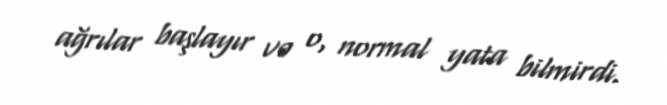
ağrılar başlayır və o, normal yata bilmirdi.